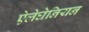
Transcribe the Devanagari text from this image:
ऐलेघेनियन